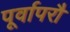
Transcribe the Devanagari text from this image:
पूर्वापरौ